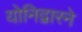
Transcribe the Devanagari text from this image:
योनिद्वारने